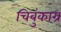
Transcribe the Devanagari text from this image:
चिबुंकाग्र